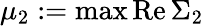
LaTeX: \mu_{2}:=\operatorname*{max}\mathrm{Re}\, \Sigma_{2}